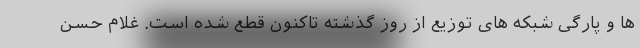
ها و پارگی شبکه های توزیع از روز گذشته تاکنون قطع شده است. غلام حسن